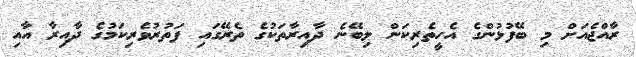
ރާއްޖެއަށް މި ބޭފުޅުންގެ އެހީތެރިކަން ލިބޭނެ ދާއިރާތަކުގެ ތެރޭގައި ފަތުރުވެރިކަމުގެ ދާއިރާ އާއި